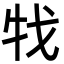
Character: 牫